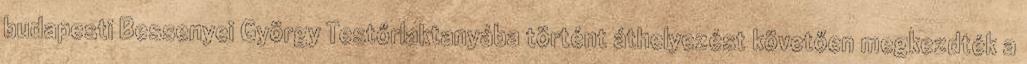
budapesti Bessenyei György Testőrlaktanyába történt áthelyezést követően megkezdték a